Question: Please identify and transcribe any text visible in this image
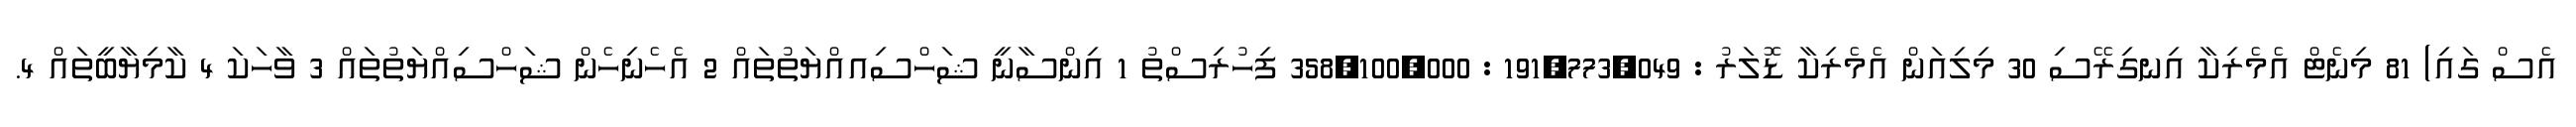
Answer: އެސް ގައި) 81 މިނެޓް އެމެރިކާ އިނގިރޭސި 30 މިލިއަން އެމެރިކާ ޑޮލަރު : 191,773,049 : 358,100,000 ފިހުރިސްތު 1 އިންސާނީ ޝަހްސިއއްޔަތުތައް 2 އެހެނިހެން ޝަހްސިއްޔަތުތައް 3 ވާހަކަ 4 ކާމިޔާބީތައް 4.